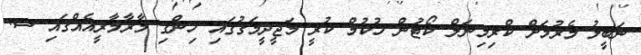
ނަބީލު މެރުމަށް ކްރިމިނަލް ކޯޓުން ހުކުމް ކުރީ މަޖީދީމަގުގައި ހިންގި މާރާމާރީއެއްގައި ސ.